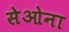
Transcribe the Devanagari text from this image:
सेओना